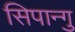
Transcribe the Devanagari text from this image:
सिपान्गु